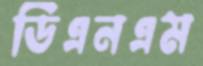
ডিএনএম